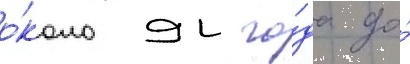
о́коло 94 го́да до́